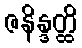
ဇနိန္ဒတ္ထိ